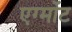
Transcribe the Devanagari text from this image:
एग्मोंट